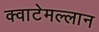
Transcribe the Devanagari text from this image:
क्वाटेमल्लान